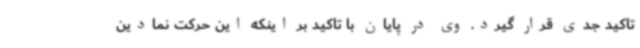
تاکید جدی قرار گیرد. وی در پایان با تاکید بر اینکه این حرکت نمادین